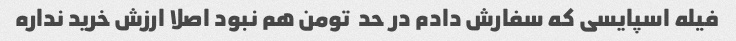
فیله اسپایسی که سفارش دادم در حد  تومن هم نبود اصلا ارزش خرید نداره